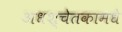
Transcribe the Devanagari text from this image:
अधश्चेतकामधे